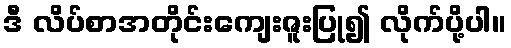
ဒီ လိပ်စာအတိုင်းကျေးဇူးပြု၍ လိုက်ပို့ပါ။